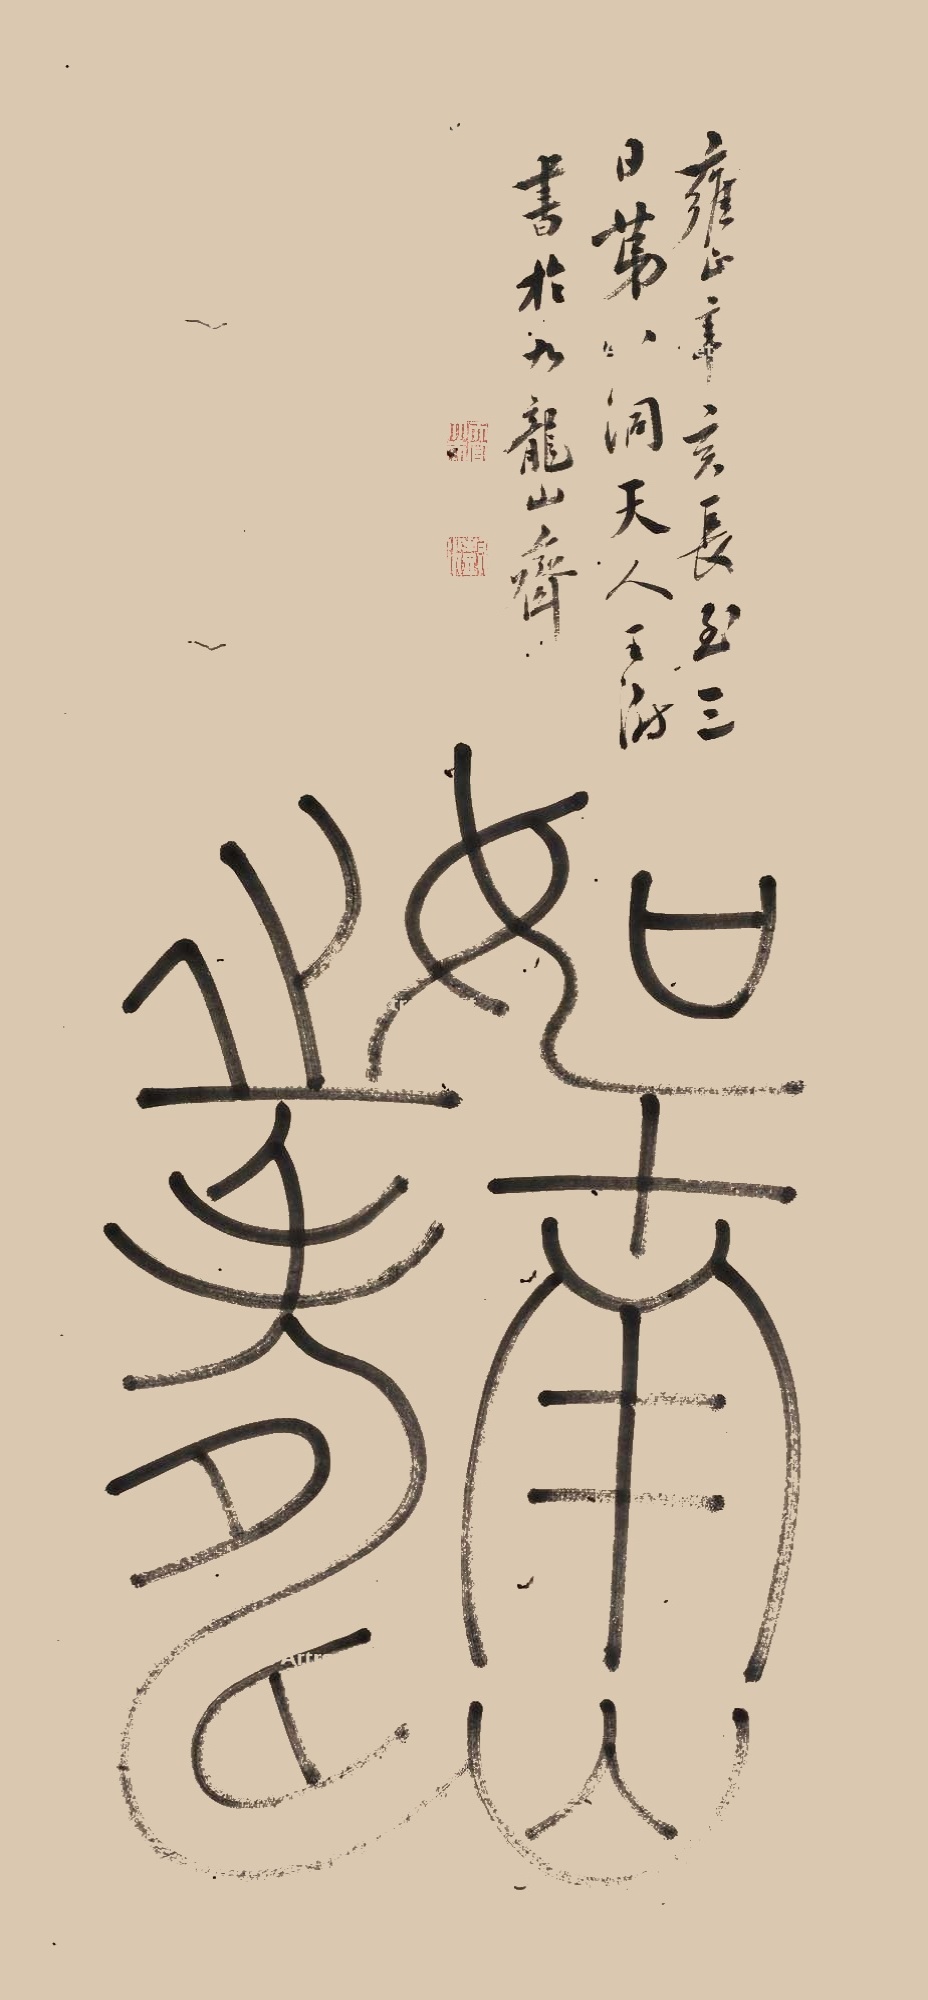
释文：如南山之寿。雍正辛亥长至三日，第八洞天人王澍书于九龙山斋。